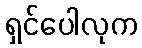
ရှင်ပေါလုက